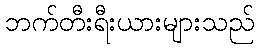
ဘက်တီးရီးယားများသည်